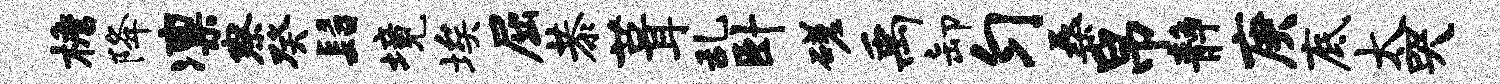
檐降凛察癸髫境埃屈恭葺乱卧磋禹卸匀桑帛静庚底太哭